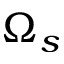
\Omega _ { s }